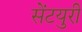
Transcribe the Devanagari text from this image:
सेंटयुरी